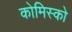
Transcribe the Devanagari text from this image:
कोमिस्को